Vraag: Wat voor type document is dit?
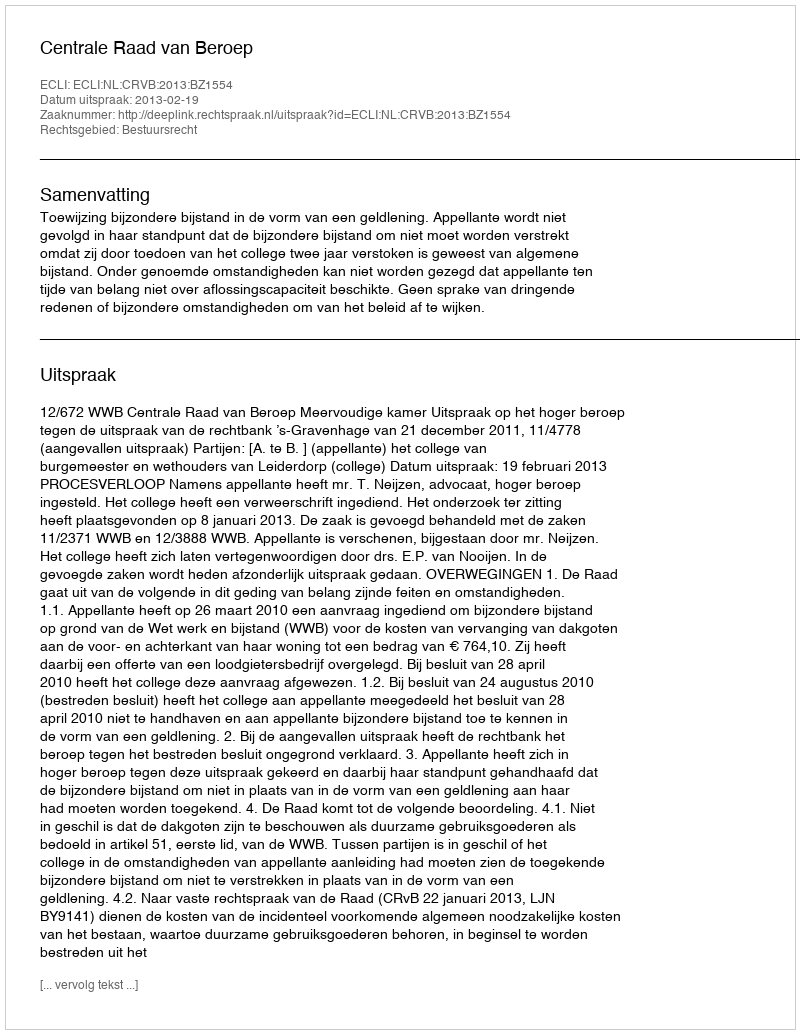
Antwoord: Uitspraak